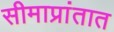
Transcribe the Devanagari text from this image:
सीमाप्रांतात